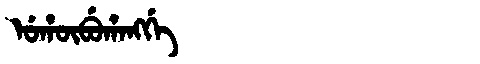
Manchu: ᡠᡥᡡᠪᡠᡥᠠᠩᡤᡝ
Romanization: UHŪBUHANGGE